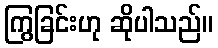
ကြွခြင်းဟု ဆိုပါသည်။